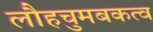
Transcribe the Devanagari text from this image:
लौहचुमबकत्व